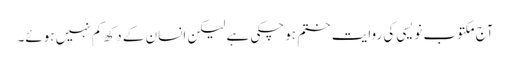
آج مکتوب نویسی کی روایت ختم ہوچکی ہے لیکن انسان کے دکھ کم نہیں ہوئے۔